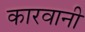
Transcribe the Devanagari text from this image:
कारवानी